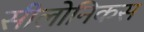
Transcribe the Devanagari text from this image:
सीलोनिकस